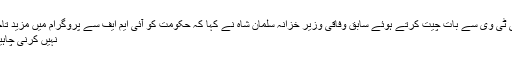
نجی ٹی وی سے بات چیت کرتے ہوئے سابق وفاقی وزیر خزانہ سلمان شاہ نے کہا کہ حکومت کو آئی ایم ایف سے پروگرام میں مزید تاخیر
نہیں کرنی چاہیے۔